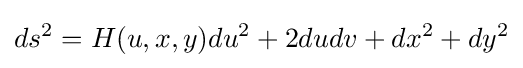
ds^{2}=H(u,x,y)du^{2}+2dudv+dx^{2}+dy^{2}